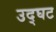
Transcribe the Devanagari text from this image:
उद्घट